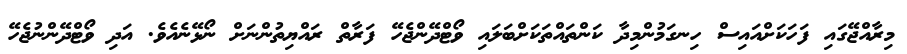
މިރާއްޖޭގައި ފަހަކަށްއައިސް ހިނގަމުންމިދާ ކަންތައްތަކަށްބަލައި ވޯޓްދޭންޖެހޭ ފަރާތް ރައްޔިތުންނަށް ނޯޅޭނެއެވެ. އަދި ވޯޓްދޭންނުޖެހޭ